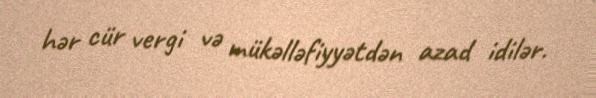
hər cür vergi və mükəlləfiyyətdən azad idilər.